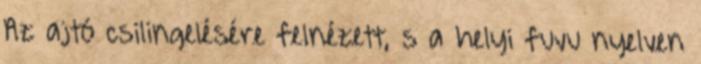
Az ajtó csilingelésére felnézett, s a helyi fuvu nyelven